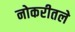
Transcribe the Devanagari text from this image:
नोकरीतले